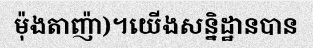
ម៉ុងតាញ៉ា)។យើងសន្និដ្ឋានបាន